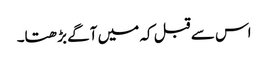
اس سے قبل کہ میں آگے بڑھتا۔